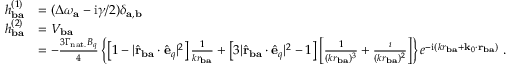
\begin{array} { r l } { h _ { \mathbf { b a } } ^ { ( 1 ) } } & { = ( \Delta \omega _ { \mathbf { a } } - \mathrm { i } \gamma / 2 ) \delta _ { \mathbf { a } , \mathbf { b } } } \\ { h _ { \mathbf { b a } } ^ { ( 2 ) } } & { = V _ { \mathbf { b a } } } \\ & { = - \frac { 3 \Gamma _ { \mathrm { n a t . } } B _ { q } } { 4 } \left\{ \left[ 1 - | \hat { \mathbf { r } } _ { \mathbf { b a } } \cdot \hat { \mathbf { e } } _ { q } | ^ { 2 } \right] \frac { 1 } { k r _ { \mathbf { b a } } } + \left[ 3 | \hat { \mathbf { r } } _ { \mathbf { b a } } \cdot \hat { \mathbf { e } } _ { q } | ^ { 2 } - 1 \right] \left[ \frac { 1 } { ( k r _ { \mathbf { b a } } ) ^ { 3 } } + \frac { \i } { ( k r _ { \mathbf { b a } } ) ^ { 2 } } \right] \right\} e ^ { - \mathrm { i } ( k r _ { \mathbf { b a } } + \mathbf { k } _ { 0 } \cdot \mathbf { r } _ { \mathbf { b a } } ) } ~ . } \end{array}